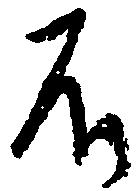
不